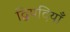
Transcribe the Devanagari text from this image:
द्विपदियाँ